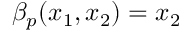
\beta _ { p } ( x _ { 1 } , x _ { 2 } ) = x _ { 2 }